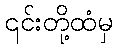
၎င်းတို့ထံမှ